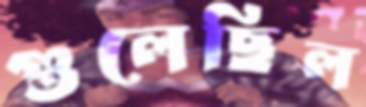
গুলেছিল